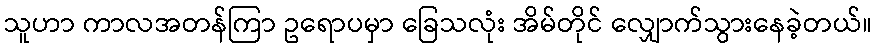
သူဟာ ကာလအတန်ကြာ ဥရောပမှာ ခြေသလုံး အိမ်တိုင် လျှောက်သွားနေခဲ့တယ်။